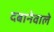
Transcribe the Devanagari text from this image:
दबानेवाले